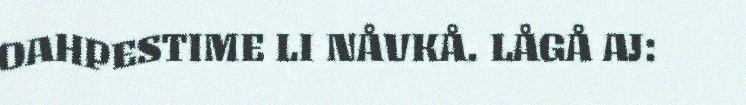
OAHPESTIME LI NÅVKÅ. LÅGÅ AJ: